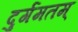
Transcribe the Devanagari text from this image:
दुर्गमतम्